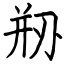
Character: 剙